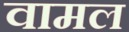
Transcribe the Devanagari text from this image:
वामल